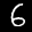
Label: 6